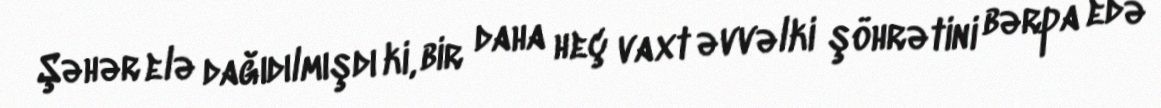
Şəhər elə dağıdılmışdı ki, bir daha heç vaxt əvvəlki şöhrətini bərpa edə